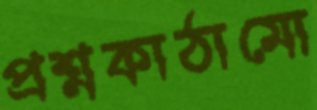
প্রশ্নকাঠামো